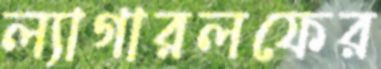
ল্যাগারলফের